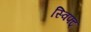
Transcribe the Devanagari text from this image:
स्विफ्ट्